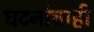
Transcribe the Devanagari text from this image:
घटनांचाही